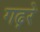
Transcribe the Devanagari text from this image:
गढ़रे